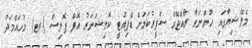
މެލޭޝިޔާގައި ހުންނަވާ ރާއްޖޭގެ ސަފީރުކަމަށް ޑެޕިއުޓީ ކޮމިޝަނަރު އޮފް ޕޮލިސް (ރޓ) މުހައްމަދު